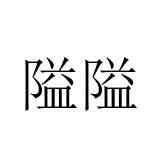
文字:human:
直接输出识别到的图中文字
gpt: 隘隘